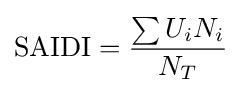
{\mbox{SAIDI}}={\frac {\sum {U_{i}N_{i}}}{N_{T}}}